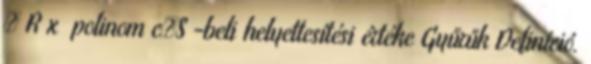
 R x polinom cS -beli helyettesítési értéke Gyűrűk Definíció.